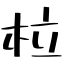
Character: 柆